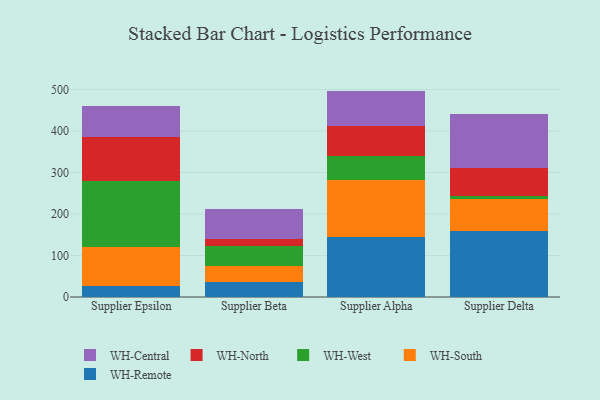
{"axis": {"x": "Supplier", "y": "Demand Index"}, "legend": ["WH-Central", "WH-North", "WH-Remote", "WH-South", "WH-West"], "data": [{"x": "Supplier Epsilon", "y": 26.4, "type": "WH-Remote"}, {"x": "Supplier Epsilon", "y": 93.3, "type": "WH-South"}, {"x": "Supplier Epsilon", "y": 159.2, "type": "WH-West"}, {"x": "Supplier Epsilon", "y": 106.8, "type": "WH-North"}, {"x": "Supplier Epsilon", "y": 74.0, "type": "WH-Central"}, {"x": "Supplier Beta", "y": 35.0, "type": "WH-Remote"}, {"x": "Supplier Beta", "y": 40.1, "type": "WH-South"}, {"x": "Supplier Beta", "y": 47.0, "type": "WH-West"}, {"x": "Supplier Beta", "y": 17.2, "type": "WH-North"}, {"x": "Supplier Beta", "y": 73.6, "type": "WH-Central"}, {"x": "Supplier Alpha", "y": 144.9, "type": "WH-Remote"}, {"x": "Supplier Alpha", "y": 137.5, "type": "WH-South"}, {"x": "Supplier Alpha", "y": 57.0, "type": "WH-West"}, {"x": "Supplier Alpha", "y": 72.2, "type": "WH-North"}, {"x": "Supplier Alpha", "y": 85.2, "type": "WH-Central"}, {"x": "Supplier Delta", "y": 159.1, "type": "WH-Remote"}, {"x": "Supplier Delta", "y": 76.2, "type": "WH-South"}, {"x": "Supplier Delta", "y": 9.0, "type": "WH-West"}, {"x": "Supplier Delta", "y": 67.0, "type": "WH-North"}, {"x": "Supplier Delta", "y": 128.9, "type": "WH-Central"}]}